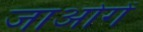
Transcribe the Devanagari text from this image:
जाओगें